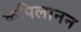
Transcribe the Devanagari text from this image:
कपिलानन